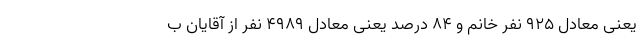
یعنی معادل ۹۲۵ نفر خانم و ۸۴ درصد یعنی معادل ۴۹۸۹ نفر از آقایان ب